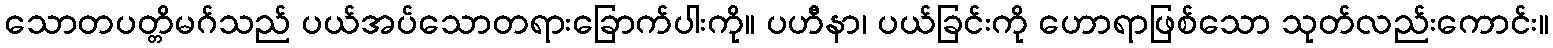
သောတပတ္တိမဂ်သည် ပယ်အပ်သောတရားခြောက်ပါးကို။ ပဟီနာ၊ ပယ်ခြင်းကို ဟောရာဖြစ်သော သုတ်လည်းကောင်း။